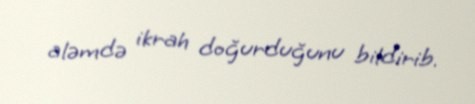
aləmdə ikrah doğurduğunu bildirib.